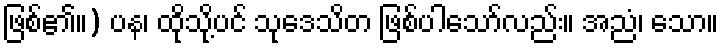
ဖြစ်၏။) ပန၊ ထိုသို့ပင် သုဒေသိတ ဖြစ်ပါသော်လည်း။ အညံ၊ သော။